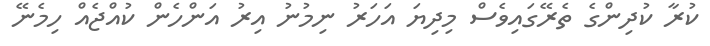
ކުރާ ކުދިންގެ ތެރޭގައިވެސް މިދިޔަ އަހަރު ނިމުނު އިރު އަންހެން ކުއްޖެއް ހިމެނޭ